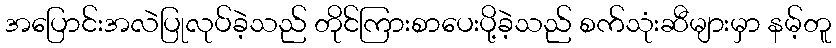
အပြောင်းအလဲပြုလုပ်ခဲ့သည် တိုင်ကြားစာပေးပို့ခဲ့သည် စက်သုံးဆီများမှာ နမ့်တူ